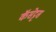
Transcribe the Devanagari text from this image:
कॅसेट्टस